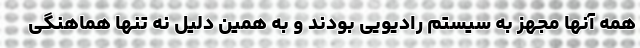
همه آنها مجهز به سیستم رادیویی بودند و به همین دلیل نه تنها هماهنگی